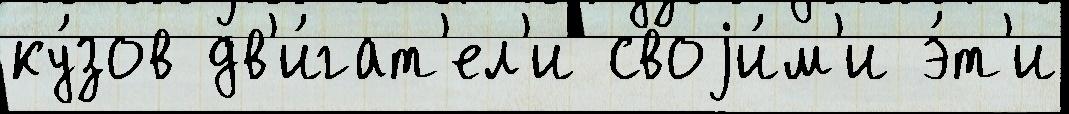
ку́зов дв'и́гат'ел'и своjи́м'и э́т'и